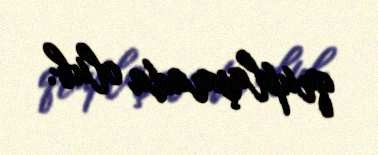
qruplaşmada olub.